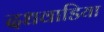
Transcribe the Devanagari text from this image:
दधवाडिया